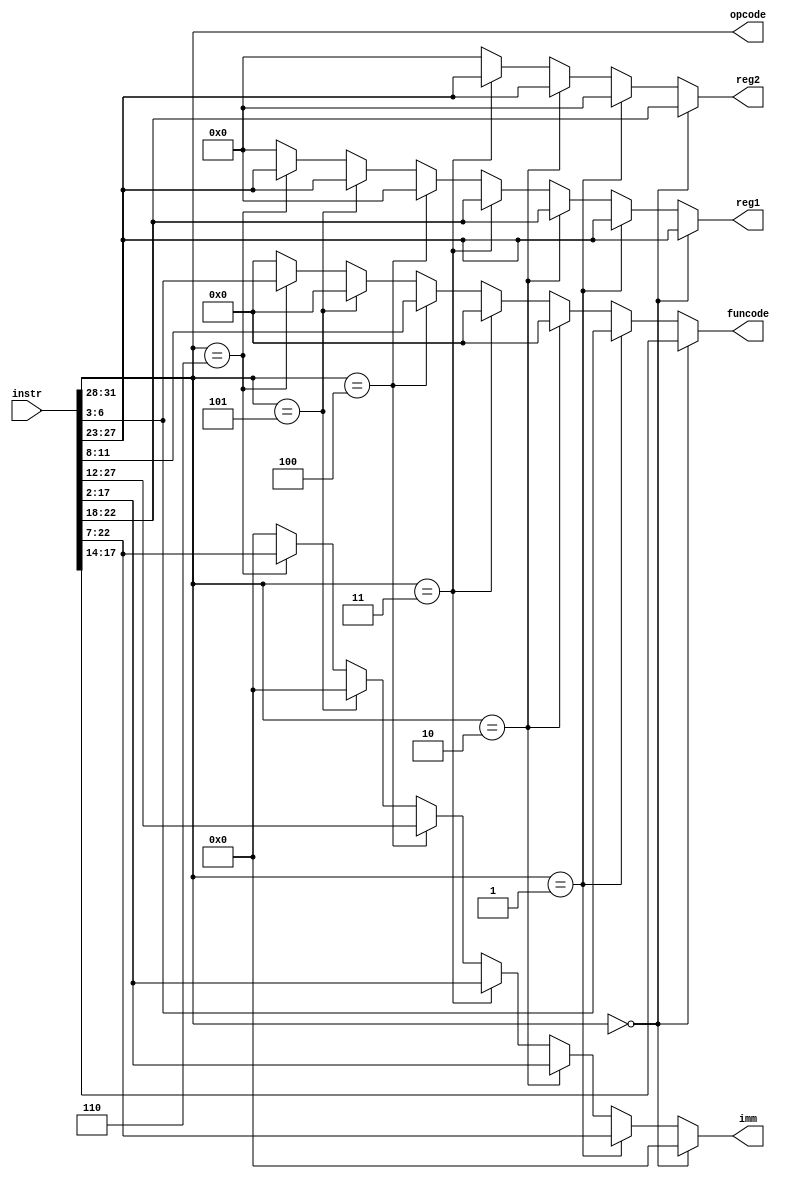
`timescale 1ns / 1ps
//////////////////////////////////////////////////////////////////////////////////
// Company: 
// Engineer: 
// 
// Design Name: 
// Module Name:    instructiondec 
// Project Name: 
// Target Devices: 
// Tool versions: 
// Description: 
//
// Dependencies: 
//
// Revision: 
// Revision 0.01 - File Created
// Additional Comments: 
//
//////////////////////////////////////////////////////////////////////////////////
module instructiondec(
		input [31:0]instr,
		output reg [3:0]opcode,
		output reg [4:0]reg1,
		output reg [4:0]reg2,
		output reg [15:0]imm,
		output reg [3:0]funcode
    );

	 wire [3:0]opc;
	 assign opc=instr[31:28];
	 always @*
	 begin
		if(opc==0000)
		begin
			reg1=instr[27:23];
			reg2=instr[22:18];
			 opcode=instr[31:28];
			funcode=instr[17:14];
			imm=0;
		end else if(opc==4'b0001)
		begin
			reg1=instr[27:23];
			reg2=0;
			 opcode=instr[31:28];
			imm=instr[22:7];
			funcode=instr[6:3];
			
		end else if(opc==4'b0010)
		begin
			reg2=instr[27:23];
			reg1=instr[22:18];
			imm=instr[17:2];
			 opcode=instr[31:28];
			funcode=0;
		end else if(opc==4'b0011)
		begin
			reg2=instr[27:23];
			reg1=instr[22:18];		
			imm=instr[17:2];
			 opcode=instr[31:28];
			funcode=0;
			
		end else if(opc==4'b0100)
		begin
			imm=instr[27:12];
			reg1=0;
			reg2=0;
			 opcode=instr[31:28];
			funcode=instr[11:8];
		end else if(opc==4'b0101)
		begin
			reg1=instr[27:23];
			imm=0;
			reg2=0;
			 opcode=instr[31:28];
			funcode=0;
		end else if(opc==4'b0110)
		begin
			reg1=instr[27:23];
			reg2=0;
			imm=instr[22:7];
			 opcode=instr[31:28];
			funcode=instr[6:3];
		end
		else 
		begin
			reg1=0;
			imm=0;
			reg2=0;
			funcode=0;
			 opcode=instr[31:28];
		end
	end

endmodule